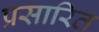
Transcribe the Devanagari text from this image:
प्रसारित